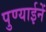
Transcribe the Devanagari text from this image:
पुण्याईनें